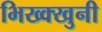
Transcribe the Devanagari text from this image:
भिख्क्खुनी